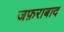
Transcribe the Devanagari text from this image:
जफ़राबाद